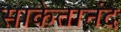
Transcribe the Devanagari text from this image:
साकेतानंद